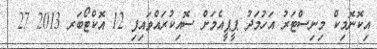
އިކޮނޮމިކް މިނިސްޓަރު އަހުމަދު ޕީޕީއެމަށް ސޮއިކުރައްވައިފި 12 އޮކްޓޯބަރ 2013 27